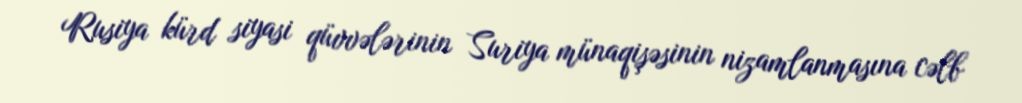
Rusiya kürd siyasi qüvvələrinin Suriya münaqişəsinin nizamlanmasına cəlb